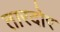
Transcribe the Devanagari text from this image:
तारदोर